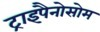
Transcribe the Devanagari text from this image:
ट्राइपैनोसोम